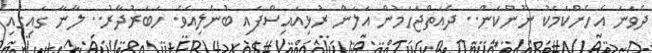
ދެވަނަ އެހެންކަމަކު ނޫންކަން.. ދެއަތްޖަހަމުން އަލަން ރުޅިއައިސްފައި ބުނެލިއެވެ. ހަބަރުދާރު.. ލާނާ ގައިގައި